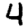
Digit: 4